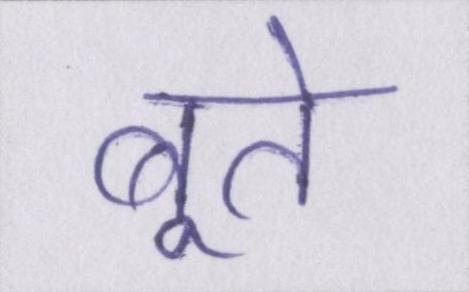
बूते